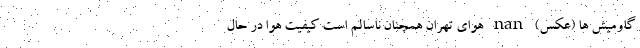
گاومیش ها (عکس) nan هوای تهران همچنان ناسالم است کیفیت هوا در حال